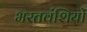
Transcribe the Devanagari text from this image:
भरतवंशियों